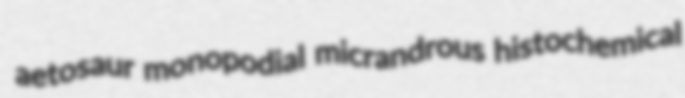
aetosaur monopodial micrandrous histochemical